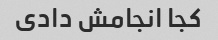
کجا انجامش دادی